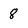
Character: 8